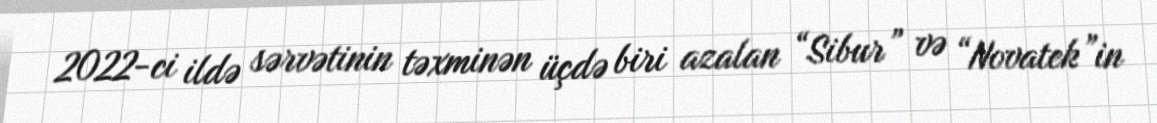
2022-ci ildə sərvətinin təxminən üçdə biri azalan “Sibur” və “Novatek”in